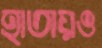
হাতায়ও